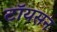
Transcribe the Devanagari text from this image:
टॉयसन